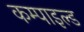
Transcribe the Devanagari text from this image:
कम्पाइल्ड